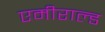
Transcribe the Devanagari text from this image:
एमीराल्ड